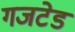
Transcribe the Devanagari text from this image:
गजटेड